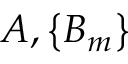
A , \left\{ B _ { m } \right\}